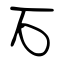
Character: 石